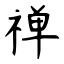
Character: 禅